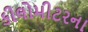
કીલોમીટરના